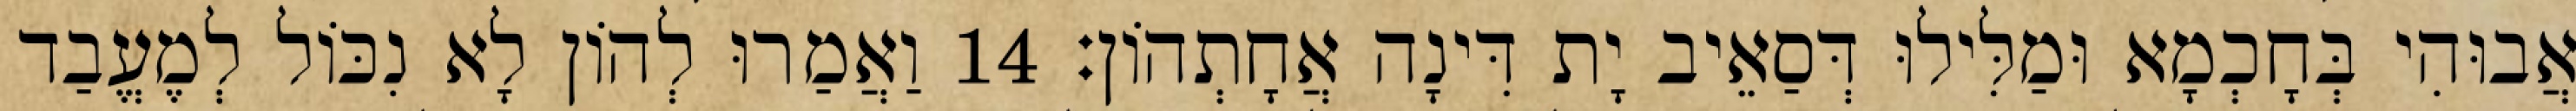
אֲבוּהִי בְּחָכְמָא וּמַלִּילוּ דְּסַאֵיב יָת דִּינָה אֲחָתְהוֹן׃ 14 וַאֲמַרוּ לְהוֹן לָא נִכּוֹל לְמֶעֱבַד